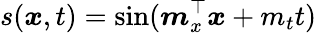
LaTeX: s(\boldsymbol{x},t)=\sin(\boldsymbol{m}_{x}^{\top}\boldsymbol{x}+m_{t}t)